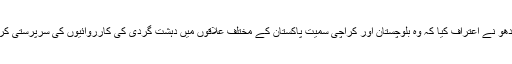
کلبھوشن یادھو نے اعتراف کیا کہ وہ بلوچستان اور کراچی سمیت پاکستان کے مختلف علاقوں میں دہشت گردی کی کارروائیوں کی سرپرستی کرتا رہا ہے۔